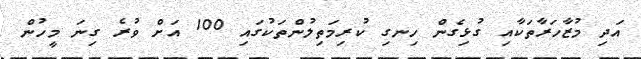
އަދި މުޒާހަރާތަކާއި ގުޅިގެން ހިނގި ކުރިމަތިލުންތަކުގައި 100 އަށް ވުރެ ގިނަ މީހުން